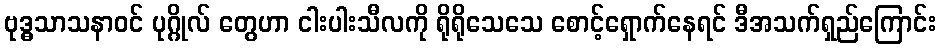
ဗုဒ္ဓသာသနာဝင် ပုဂ္ဂိုလ် တွေဟာ ငါးပါးသီလကို ရိုရိုသေသေ စောင့်ရှောက်နေရင် ဒီအသက်ရှည်ကြောင်း